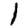
Digit: 1